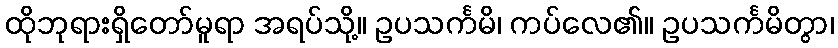
ထိုဘုရားရှိတော်မူရာ အရပ်သို့။ ဥပသင်္ကမိ၊ ကပ်လေ၏။ ဥပသင်္ကမိတွာ၊